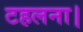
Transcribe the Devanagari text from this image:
टहलना।